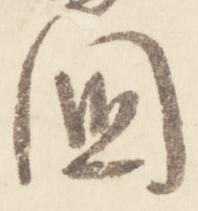
国